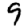
Digit: 9